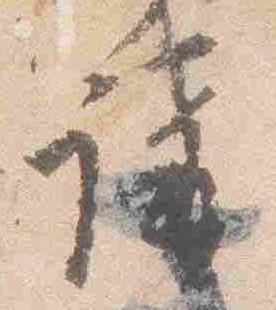
講